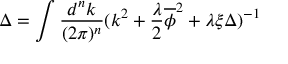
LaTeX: \Delta = \int \frac { d ^ { n } k } { ( 2 \pi ) ^ { n } } ( k ^ { 2 } + \frac { \lambda } { 2 } \overline { { \phi } } ^ { 2 } + \lambda \xi \Delta ) ^ { - 1 }